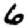
Digit: 6